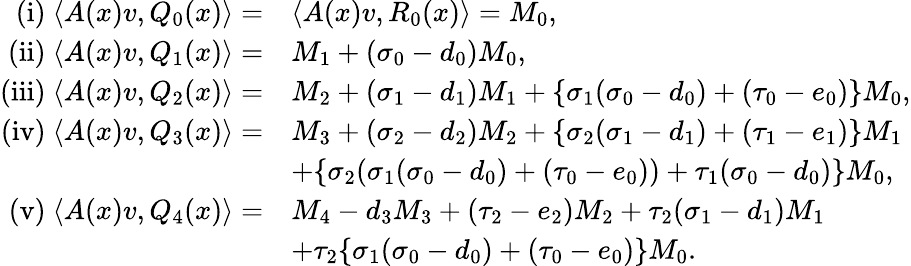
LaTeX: \begin{array}{rl}{\mathrm{(i)}~\langle A(x)v,Q_{0}(x)\rangle=}&{\langle A(x)v,R_{0}(x)\rangle=M_{0},}\\ {\mathrm{(ii)}~\langle A(x)v,Q_{1}(x)\rangle=}&{M_{1}+(\sigma_{0}-{d}_{0})M_{0},}\\ {\mathrm{(iii)}~\langle A(x)v,Q_{2}(x)\rangle=}&{M_{2}+(\sigma_{1}-{d}_{1})M_{1}+\{ \sigma_{1}(\sigma_{0}-{d}_{0})+(\tau_{0}-{e}_{0})\} M_{0},}\\ {\mathrm{(iv)}~\langle A(x)v,Q_{3}(x)\rangle=}&{M_{3}+(\sigma_{2}-{d}_{2})M_{2}+\{ \sigma_{2}(\sigma_{1}-{d}_{1})+(\tau_{1}-{e}_{1})\} M_{1}}\\ &{+\{ \sigma_{2}(\sigma_{1}(\sigma_{0}-{d}_{0})+(\tau_{0}-{e}_{0}))+\tau_{1}(\sigma_{0}-{d}_{0})\} M_{0},}\\ {\mathrm{(v)}~\langle A(x)v,Q_{4}(x)\rangle=}&{M_{4}-{d}_{3}M_{3}+(\tau_{2}-{e}_{2})M_{2}+\tau_{2}(\sigma_{1}-{d}_{1})M_{1}}\\ &{+\tau_{2}\{ \sigma_{1}(\sigma_{0}-{d}_{0})+(\tau_{0}-{e}_{0})\} M_{0}.}\end{array}